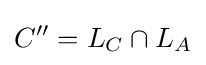
C''=L_{C}\cap L_{A}